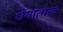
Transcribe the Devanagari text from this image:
धेयात्मक